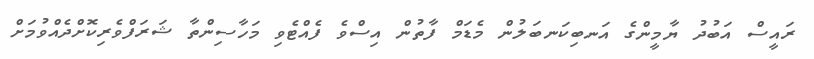
ރައީސް އަބުދު ޔާމީންގެ އަނބިކަނބަލުން މެޑަމް ފާތުން އިސްވެ ފެއްޓެވި މަހާސިންތާ ޝަރަފްވެރިކޮށްދެއްވުމަށް